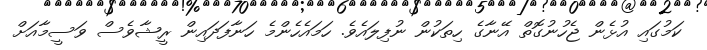
ކަމުގައި އުޅެން ޖެހުނުގޮތް އޭނާގެ ހިތަކުން ނުފިލައެވެ. ހަމައެހެންމެ ހަނާފަދައިން ރީޝާވެސް ވަސީމާއަށް